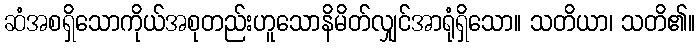
ဆံအစရှိသောကိုယ်အစုတည်းဟူသောနိမိတ်လျှင်အာရုံရှိသော။ သတိယာ၊ သတိ၏။